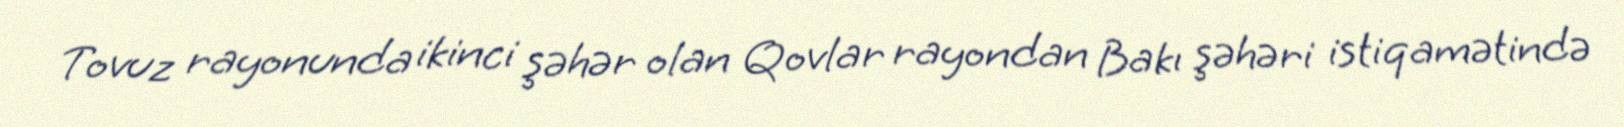
Tovuz rayonunda ikinci şəhər olan Qovlar rayondan Bakı şəhəri istiqamətində